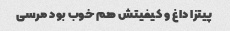
پیتزا داغ و کیفیتش هم خوب بود مرسی